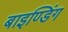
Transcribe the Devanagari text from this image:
बाइण्डिंग